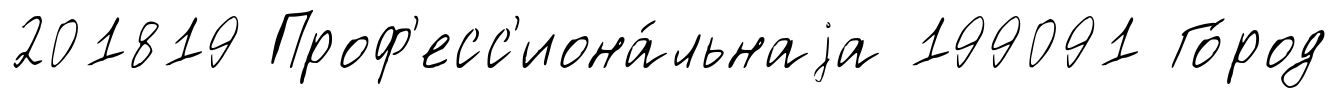
201819 Проф'есс'иона́льнаjа 199091 Го́род